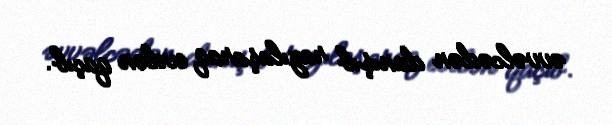
əvvəlcədən danışıb razılaşaraq evdən qaçıb.